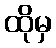
ထိုမှ